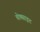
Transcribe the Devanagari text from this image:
बोक्साइट